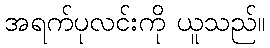
အရက်ပုလင်းကို ယူသည်။